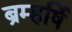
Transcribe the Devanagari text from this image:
ब्रम्हर्षि